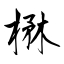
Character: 楙